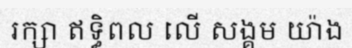
រក្សា ឥទ្ធិពល លើ សង្គម យ៉ាង